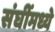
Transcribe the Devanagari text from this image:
संघींमध्ये